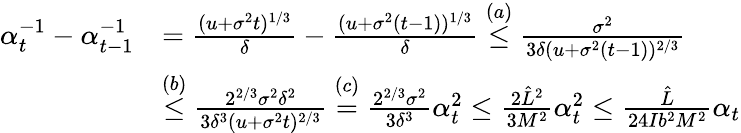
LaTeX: \begin{array}{rl}{\alpha_{t}^{-1}-\alpha_{t-1}^{-1}}&{=\frac{(u+\sigma^{2}t)^{1/3}}{\delta}-\frac{(u+\sigma^{2}(t-1))^{1/3}}{\delta}\overset{(a)}{\leq}\frac{\sigma^{2}}{3\delta(u+\sigma^{2}(t-1))^{2/3}}}\\ &{\overset{(b)}{\leq}\frac{2^{2/3}\sigma^{2}\delta^{2}}{3\delta^{3}(u+\sigma^{2}t)^{2/3}}\overset{(c)}{=}\frac{2^{2/3}\sigma^{2}}{3\delta^{3}}\alpha_{t}^{2}\leq\frac{2\hat{L}^{2}}{3M^{2}}\alpha_{t}^{2}\leq\frac{\hat{L}}{24Ib^{2}M^{2}}\alpha_{t}}\end{array}